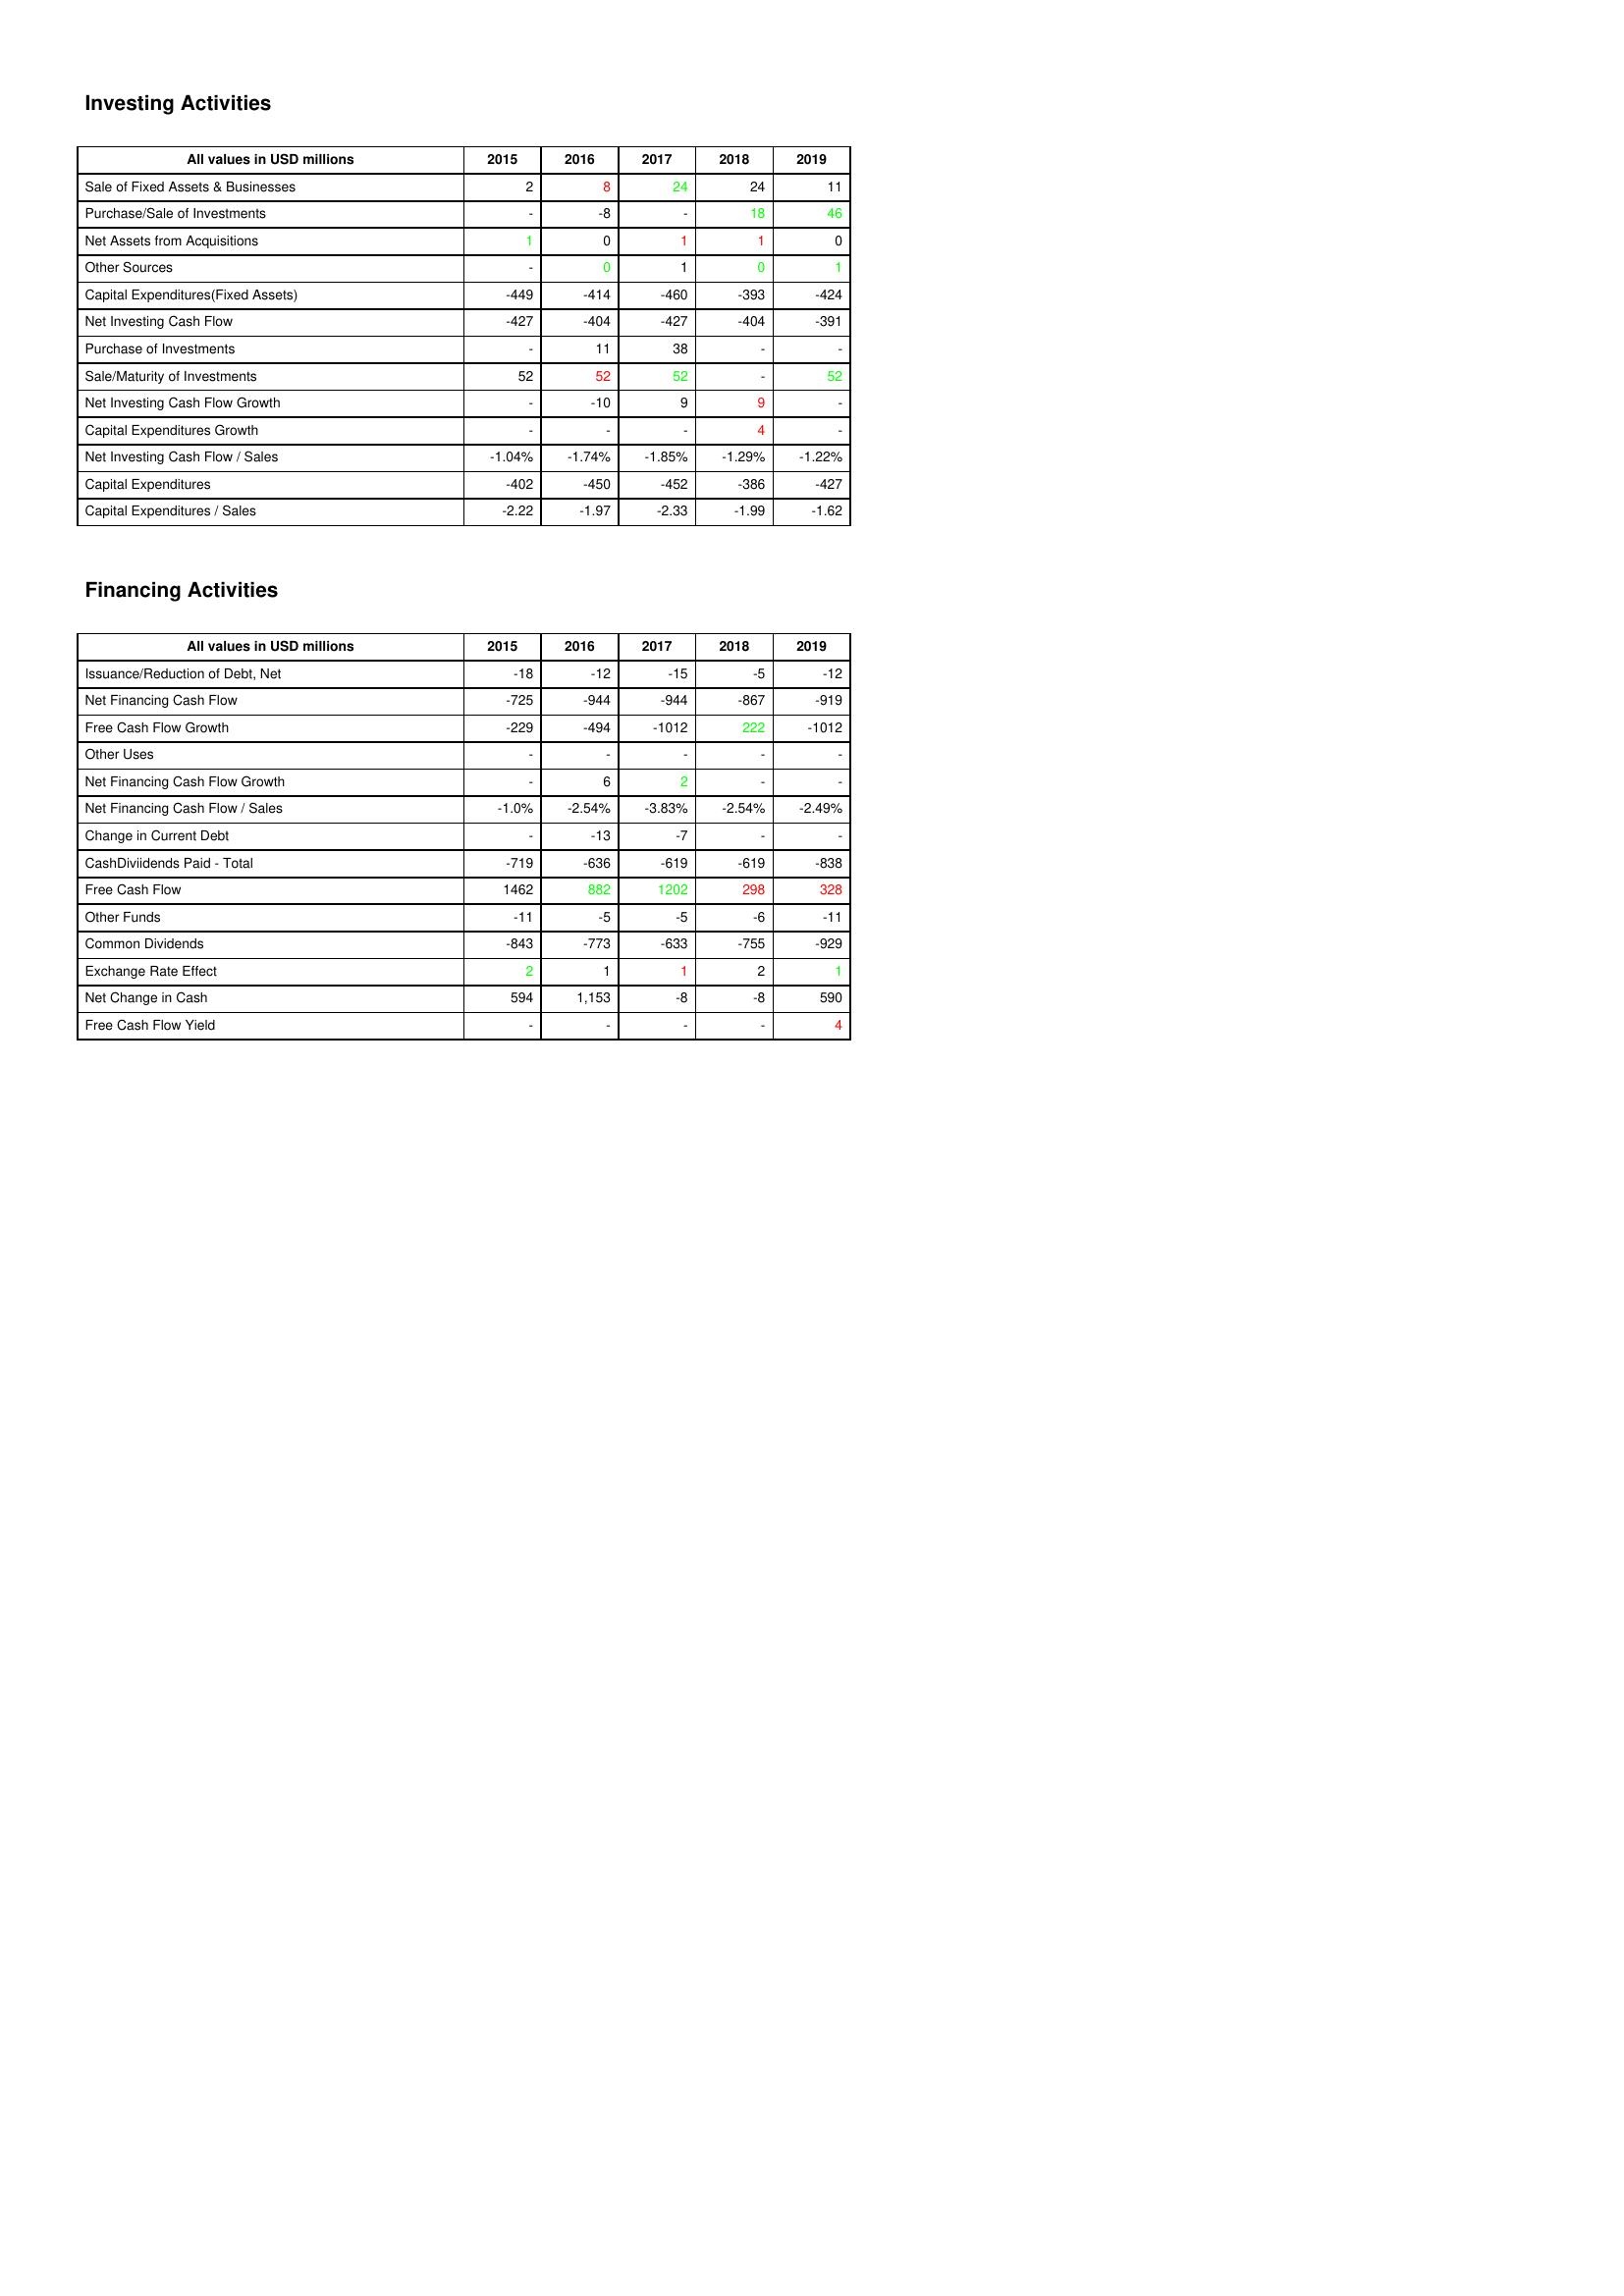
gt_parse: 2015: Investing Activities: Sale of Fixed Assets & Businesses: 2
Purchase/Sale of Investments: -
Net Assets from Acquisitions: 1
Other Sources: -
Capital Expenditures(Fixed Assets): -449
Net Investing Cash Flow: -427
Purchase of Investments: -
Sale/Maturity of Investments: 52
Net Investing Cash Flow Growth: -
Capital Expenditures Growth: -
Net Investing Cash Flow / Sales: -1.04%
Capital Expenditures: -402
Capital Expenditures / Sales: -2.22
Financing Activities: Issuance/Reduction of Debt, Net: -18
Net Financing Cash Flow: -725
Free Cash Flow Growth: -229
Other Uses: -
Net Financing Cash Flow Growth: -
Net Financing Cash Flow / Sales: -1.0%
Change in Current Debt: -
CashDiviidends Paid - Total: -719
Free Cash Flow: 1462
Other Funds: -11
Common Dividends: -843
Exchange Rate Effect: 2
Net Change in Cash: 594
Free Cash Flow Yield: -
2016: Investing Activities: Sale of Fixed Assets & Businesses: 8
Purchase/Sale of Investments: -8
Net Assets from Acquisitions: 0
Other Sources: 0
Capital Expenditures(Fixed Assets): -414
Net Investing Cash Flow: -404
Purchase of Investments: 11
Sale/Maturity of Investments: 52
Net Investing Cash Flow Growth: -10
Capital Expenditures Growth: -
Net Investing Cash Flow / Sales: -1.74%
Capital Expenditures: -450
Capital Expenditures / Sales: -1.97
Financing Activities: Issuance/Reduction of Debt, Net: -12
Net Financing Cash Flow: -944
Free Cash Flow Growth: -494
Other Uses: -
Net Financing Cash Flow Growth: 6
Net Financing Cash Flow / Sales: -2.54%
Change in Current Debt: -13
CashDiviidends Paid - Total: -636
Free Cash Flow: 882
Other Funds: -5
Common Dividends: -773
Exchange Rate Effect: 1
Net Change in Cash: 1,153
Free Cash Flow Yield: -
2017: Investing Activities: Sale of Fixed Assets & Businesses: 24
Purchase/Sale of Investments: -
Net Assets from Acquisitions: 1
Other Sources: 1
Capital Expenditures(Fixed Assets): -460
Net Investing Cash Flow: -427
Purchase of Investments: 38
Sale/Maturity of Investments: 52
Net Investing Cash Flow Growth: 9
Capital Expenditures Growth: -
Net Investing Cash Flow / Sales: -1.85%
Capital Expenditures: -452
Capital Expenditures / Sales: -2.33
Financing Activities: Issuance/Reduction of Debt, Net: -15
Net Financing Cash Flow: -944
Free Cash Flow Growth: -1012
Other Uses: -
Net Financing Cash Flow Growth: 2
Net Financing Cash Flow / Sales: -3.83%
Change in Current Debt: -7
CashDiviidends Paid - Total: -619
Free Cash Flow: 1202
Other Funds: -5
Common Dividends: -633
Exchange Rate Effect: 1
Net Change in Cash: -8
Free Cash Flow Yield: -
2018: Investing Activities: Sale of Fixed Assets & Businesses: 24
Purchase/Sale of Investments: 18
Net Assets from Acquisitions: 1
Other Sources: 0
Capital Expenditures(Fixed Assets): -393
Net Investing Cash Flow: -404
Purchase of Investments: -
Sale/Maturity of Investments: -
Net Investing Cash Flow Growth: 9
Capital Expenditures Growth: 4
Net Investing Cash Flow / Sales: -1.29%
Capital Expenditures: -386
Capital Expenditures / Sales: -1.99
Financing Activities: Issuance/Reduction of Debt, Net: -5
Net Financing Cash Flow: -867
Free Cash Flow Growth: 222
Other Uses: -
Net Financing Cash Flow Growth: -
Net Financing Cash Flow / Sales: -2.54%
Change in Current Debt: -
CashDiviidends Paid - Total: -619
Free Cash Flow: 298
Other Funds: -6
Common Dividends: -755
Exchange Rate Effect: 2
Net Change in Cash: -8
Free Cash Flow Yield: -
2019: Investing Activities: Sale of Fixed Assets & Businesses: 11
Purchase/Sale of Investments: 46
Net Assets from Acquisitions: 0
Other Sources: 1
Capital Expenditures(Fixed Assets): -424
Net Investing Cash Flow: -391
Purchase of Investments: -
Sale/Maturity of Investments: 52
Net Investing Cash Flow Growth: -
Capital Expenditures Growth: -
Net Investing Cash Flow / Sales: -1.22%
Capital Expenditures: -427
Capital Expenditures / Sales: -1.62
Financing Activities: Issuance/Reduction of Debt, Net: -12
Net Financing Cash Flow: -919
Free Cash Flow Growth: -1012
Other Uses: -
Net Financing Cash Flow Growth: -
Net Financing Cash Flow / Sales: -2.49%
Change in Current Debt: -
CashDiviidends Paid - Total: -838
Free Cash Flow: 328
Other Funds: -11
Common Dividends: -929
Exchange Rate Effect: 1
Net Change in Cash: 590
Free Cash Flow Yield: 4